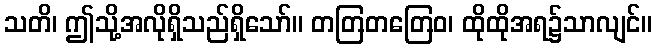
သတိ၊ ဤသို့အလိုရှိသည်ရှိသော်။ တတြတတြေဝ၊ ထိုထိုအရ၌သာလျင်။